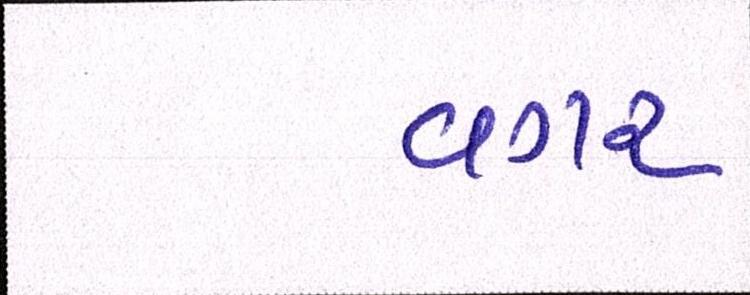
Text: વગર